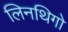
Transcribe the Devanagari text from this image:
लिनथिगो